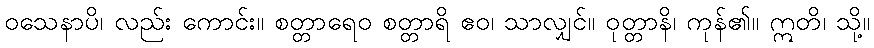
ဝသေနာပိ၊ လည်း ကောင်း။ စတ္တာရေဝ စတ္တာရိ ဧဝ၊ သာလျှင်။ ဝုတ္တာနိ၊ ကုန်၏။ ဣတိ၊ သို့။